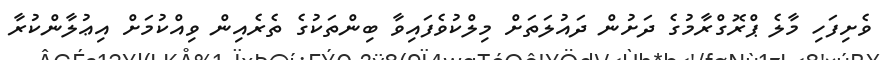
ވެށިފަހި މާލެ ޕްރޮގްރާމުގެ ދަށުން ދައުލަތަށް މިލްކުވެފައިވާ ބިންތަކުގެ ތެރެއިން ވިއްކުމަށް އިޢުލާންކުރާ